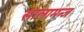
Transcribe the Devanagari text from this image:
सालामन्ज